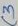
Text: C3